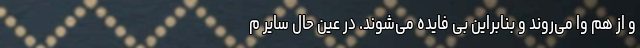
و از هم وا می‌روند و بنابراین بی فایده می‌شوند. در عین حال سایر م